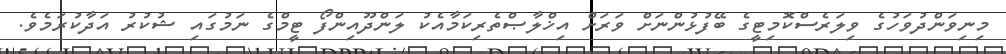
މިނިވަންދުވަހުގެ ވިލަރެސްކޮމިޓީގެ ބޭފުޅުންނަށް ވަރަށް އިޚްލާޞްތެރިކަމާއެކު ލަންދޫއިންފޯ ޓީމްގެ ނަމުގައި ޝުކުރު އަދާކުރަމެވެ.